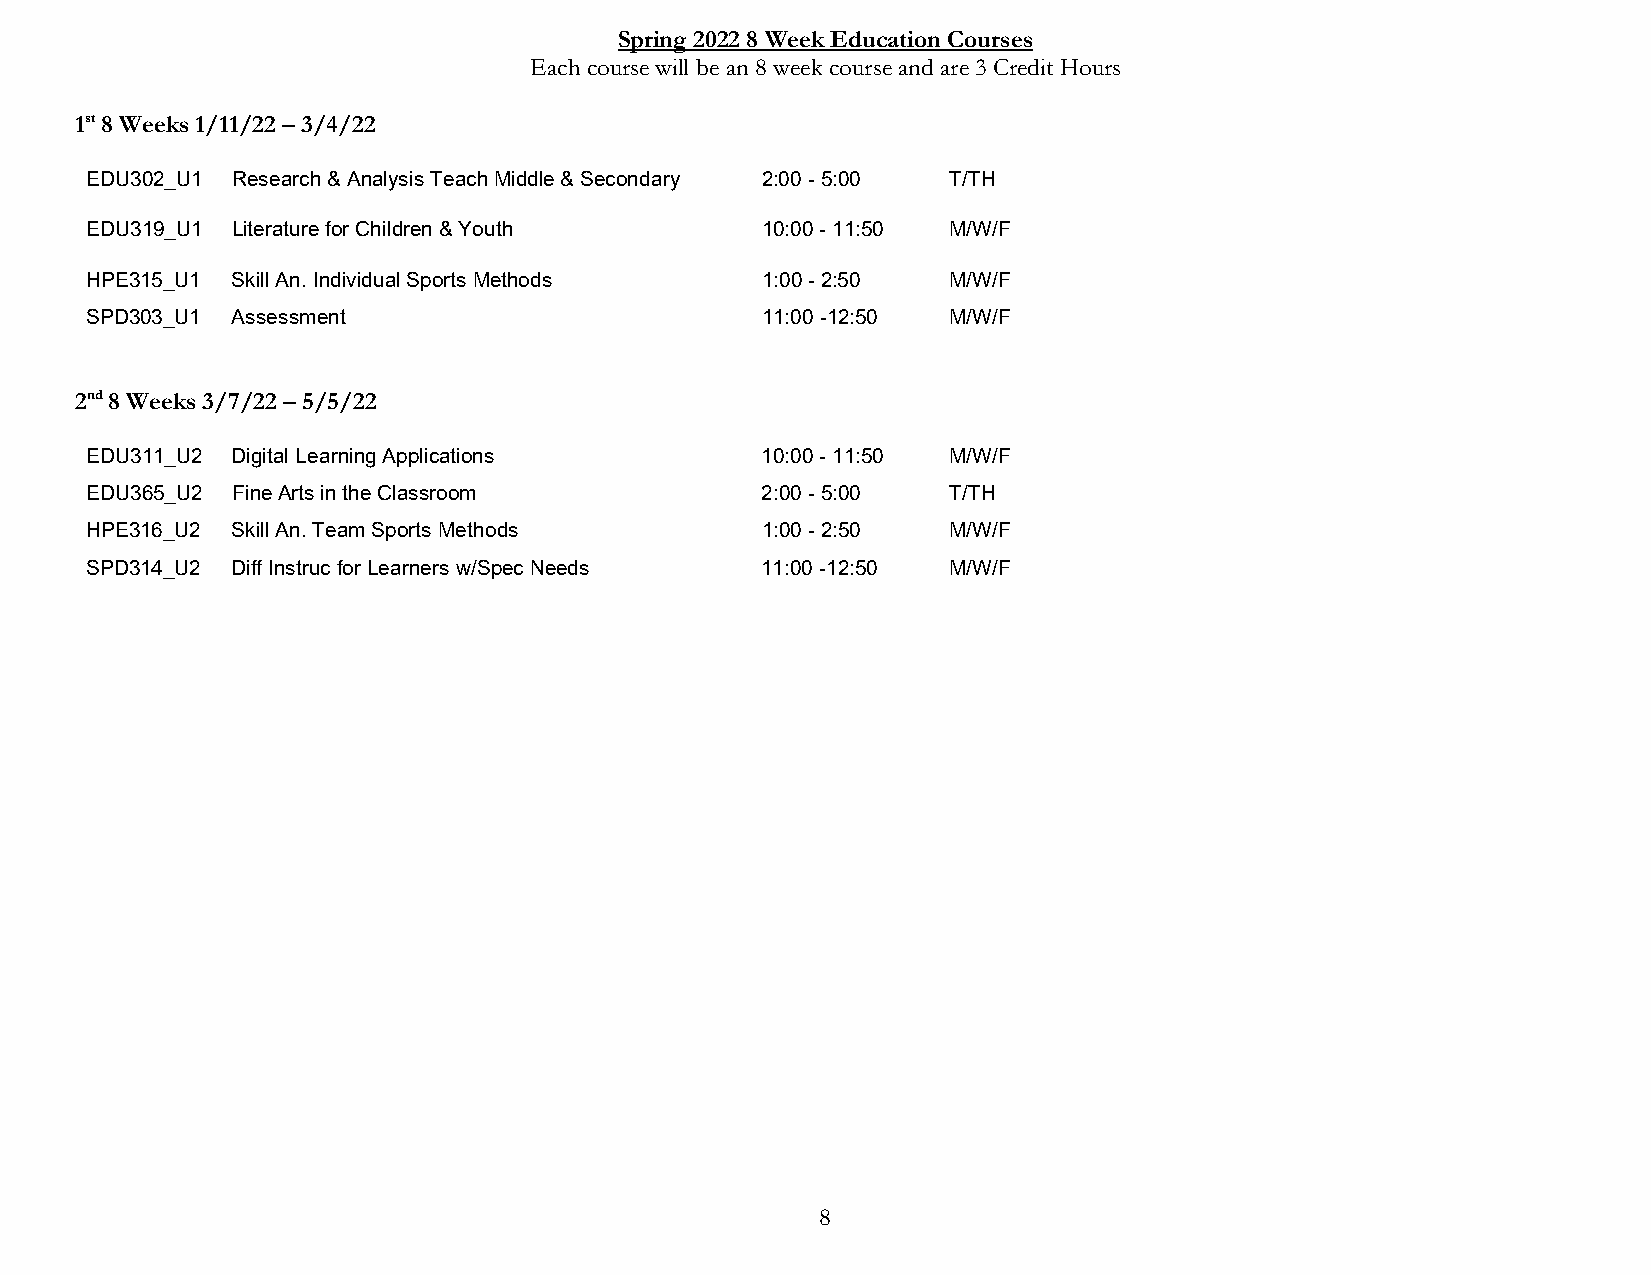
Spring 2022 8 Week Education Courses
 Each course will be an 8 week course and are 3 Credit Hours
 1st 8 Weeks 1/11/22 – 3/4/22
 EDU302_U1 Research & Analysis Teach Middle & Secondary 2:00 - 5:00 T/TH
 EDU319_U1 Literature for Children & Youth   10:00 - 11:50 M/W/F
 HPE315_U1 Skill An. Individual Sports Methods 1:00 - 2:50 M/W/F
 SPD303_U1 Assessment                        11:00 -12:50 M/W/F
 2nd 8 Weeks 3/7/22 – 5/5/22
 EDU311_U2 Digital Learning Applications     10:00 - 11:50 M/W/F
 EDU365_U2 Fine Arts in the Classroom        2:00 - 5:00  T/TH
 HPE316_U2 Skill An. Team Sports Methods     1:00 - 2:50  M/W/F
 SPD314_U2 Diff Instruc for Learners w/Spec Needs 11:00 -12:50 M/W/F
 8